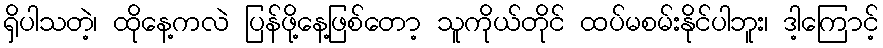
ရှိပါသတဲ့၊ ထိုနေ့ကလဲ ပြန်ဖို့နေ့ဖြစ်တော့ သူကိုယ်တိုင် ထပ်မစမ်းနိုင်ပါဘူး၊ ဒါ့ကြောင့်